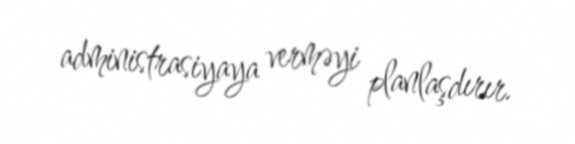
administrasiyaya verməyi planlaşdırır.